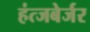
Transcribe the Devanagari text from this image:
हंत्जबेर्जर